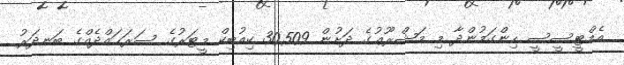
އެމްޓީސީސީ ހިންގަމުންދާ މި މަޝްރޫޢުގެ ދަށުން 30